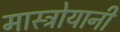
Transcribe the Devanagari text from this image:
मास्त्रोयानी